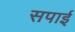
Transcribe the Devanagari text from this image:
सपाई